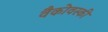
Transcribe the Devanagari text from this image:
वैकोवस्की